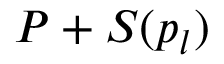
P + S ( p _ { l } )